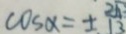
\cos x = \pm \frac { 2 \sqrt { 1 3 } } { 1 3 }